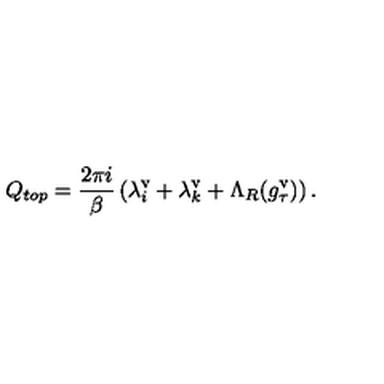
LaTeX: Q _ { t o p } = \frac { 2 \pi i } { \beta } \left( \lambda _ { i } ^ { \mathrm { v } } + \lambda _ { k } ^ { \mathrm { v } } + \Lambda _ { R } ( g _ { \tau } ^ { \mathrm { v } } ) \right) .